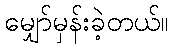
မျှော်မှန်းခဲ့တယ်။